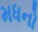
મધનો